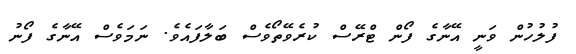
ފުލުހުން ވަނީ އޭނާގެ ފޯން ޓްރޭސް ކުރެވޭތޯވެސް ބަލާފައެވެ. ނަމަވެސް އޭނާގެ ފޯނު